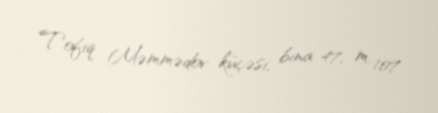
Tofiq Məmmədov küçəsi, bina 47, m. 107